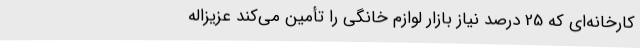
کارخانه‌ای که 25 درصد نیاز بازار لوازم خانگی را تأمین می‌کند عزیزاله